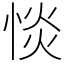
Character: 惔